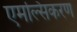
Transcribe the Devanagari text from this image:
एमल्सिकरण